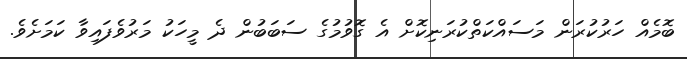
ބޮމެއް ހަރުކުރަން މަސައްކަތްކުރަނިކޮށް އެ ގޮވުމުގެ ސަބަބުން ދެ މީހަކު މަރުވެފައިވާ ކަމަށެވެ.